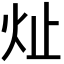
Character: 𪸔